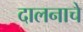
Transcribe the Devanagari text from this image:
दालनाचे